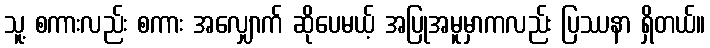
သူ့ စကားလည်း စကား အလျှောက် ဆိုပေမယ့် အပြုအမူမှာကလည်း ပြဿနာ ရှိတယ်။